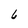
Character: 6